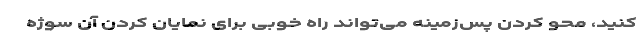
کنید، محو کردن پس‌زمینه می‌تواند راه خوبی برای نمایان کردن آن سوژه